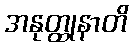
အနုတ္ထုနာတိ